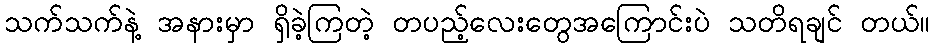
သက်သက်နဲ့ အနားမှာ ရှိခဲ့ကြတဲ့ တပည့်လေးတွေအကြောင်းပဲ သတိရချင် တယ်။